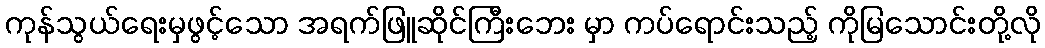
ကုန်သွယ်ရေးမှဖွင့်သော အရက်ဖြူဆိုင်ကြီးဘေး မှာ ကပ်ရောင်းသည့် ကိုမြသောင်းတို့လို